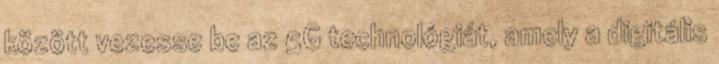
között vezesse be az 5G technológiát, amely a digitális